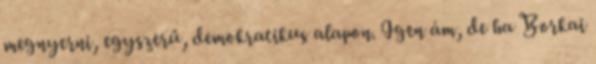
megnyerni, egyszerű, demokratikus alapon. Igen ám, de ha Borkai